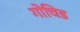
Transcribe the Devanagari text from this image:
गोचिड